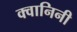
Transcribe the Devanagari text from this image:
क्वानिनी